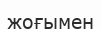
жоғымен